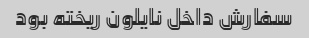
سفارش داخل نایلون ریخته بود